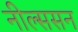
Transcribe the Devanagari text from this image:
नील्ससन